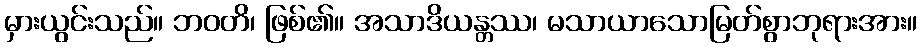
မှားယွင်းသည်။ ဘဝတိ၊ ဖြစ်၏။ အသာဒိယန္တဿ၊ မသာယာသောမြတ်စွာဘုရားအား။